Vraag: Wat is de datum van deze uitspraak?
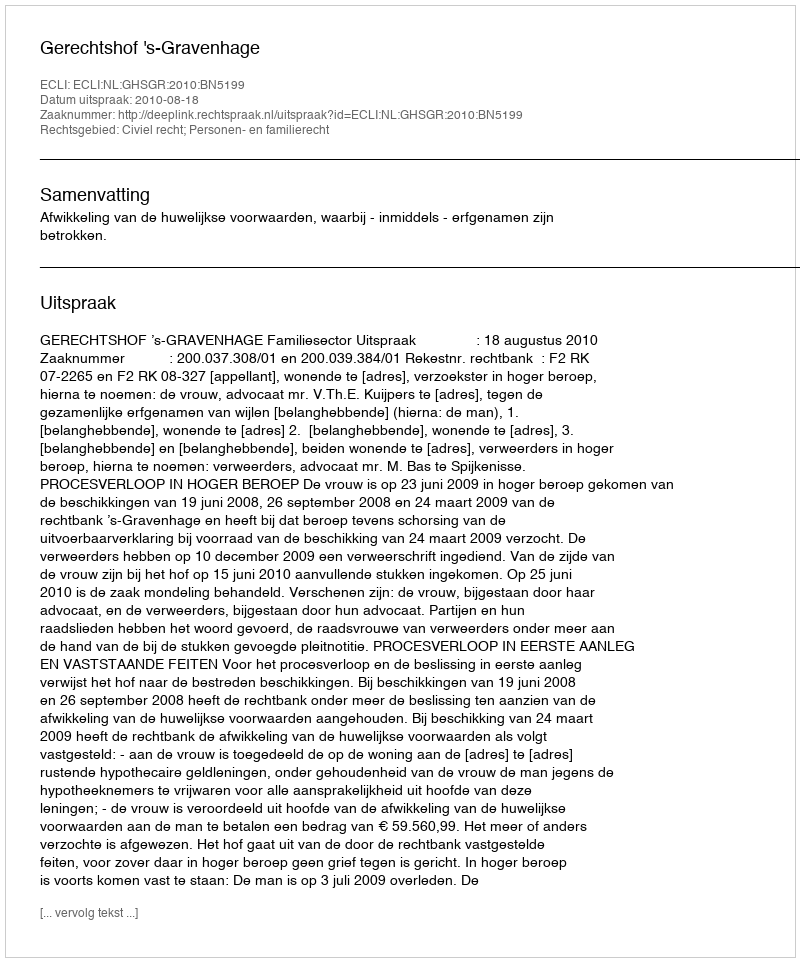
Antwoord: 2010-08-18